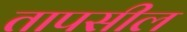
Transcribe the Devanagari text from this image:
तापसील